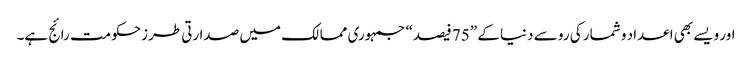
اور ویسے بھی اعداد و شمار کی رو سے دنیا کے ”75 فیصد“ جمہوری ممالک میں صدارتی طرز حکومت رائج ہے۔